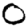
Digit: 0